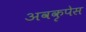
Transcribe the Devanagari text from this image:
अवकृपेस